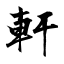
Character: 軒